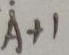
A + 1